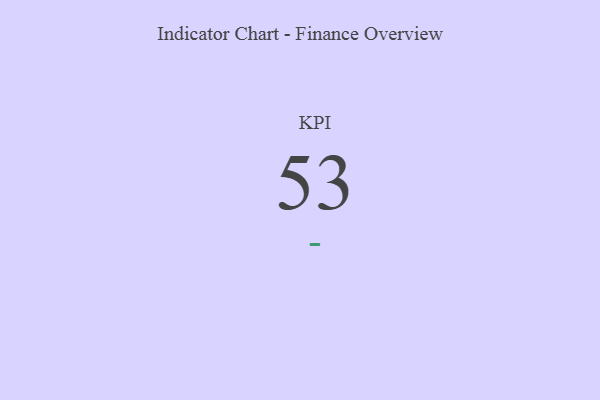
{"axis": {"x": "KPI", "y": "Value"}, "legend": [""], "data": [{"x": "KPI", "y": 53, "type": ""}]}